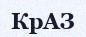
КрАЗ